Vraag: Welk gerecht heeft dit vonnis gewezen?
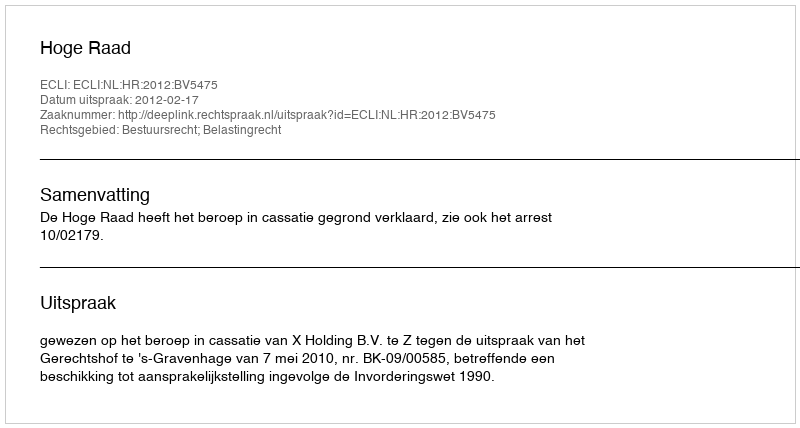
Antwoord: Hoge Raad